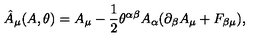
\hat { A } _ { \mu } ( A , \theta ) = A _ { \mu } - \frac { 1 } { 2 } \theta ^ { \alpha \beta } A _ { \alpha } ( \partial _ { \beta } A _ { \mu } + F _ { \beta \mu } ) ,